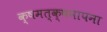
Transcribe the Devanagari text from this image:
क्षमत्क्षमापना